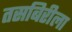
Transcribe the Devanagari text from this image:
तसबिरीला